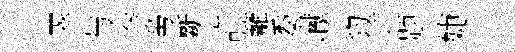
翠与奈勞斷許籬委𪩘豹详题婕